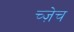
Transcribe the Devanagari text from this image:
च्ज़ेच